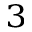
^ 3